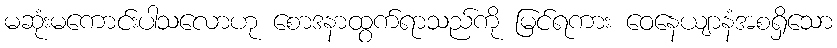
မဆုံးမကောင်းပါသလောဟု စောဒနာထွက်ရာသည်ကို မြင်ရကား ဝေနေယျာနံအစရှိသော